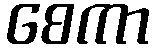
စေကာ